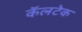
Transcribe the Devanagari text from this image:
कॅलटेक